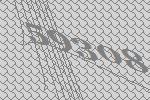
59308